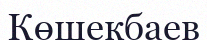
Көшекбаев